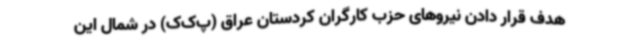
هدف قرار دادن نیروهای حزب کارگران کردستان عراق (پ‌ک‌ک) در شمال این